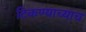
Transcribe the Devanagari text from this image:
टिकण्याच्याच